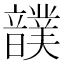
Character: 𩑀